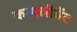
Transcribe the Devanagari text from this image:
कम्पलीमेंट